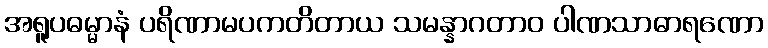
အရူပဓမ္မာနံ ပရိဏာမပကတိတာယ သမန္နာဂတာဝ ပါဏသာဓာရဏော